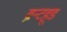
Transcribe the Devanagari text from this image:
ब्रेन्टहूड